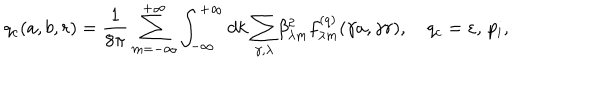
q _ { c } ( a , b , r ) = \frac { 1 } { 8 \pi } \sum _ { m = - \infty } ^ { + \infty } \int _ { - \infty } ^ { + \infty } { d k \sum _ { \gamma , \lambda } } \beta _ { \lambda m } ^ { 2 } f _ { \lambda m } ^ { ( q ) } ( \gamma a , \gamma r ) , \quad q _ { c } = \varepsilon , \, p _ { i } ,